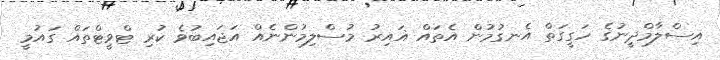
އިސްލާމްދީނުގެ ހަގީގަތް އެނގުމުން އެތައް ޣައިރު މުސްލިމުންނެއް އަޖައިބުވެ ކުރި ޓްވީޓްތައް ގައުމީ